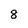
Character: 8